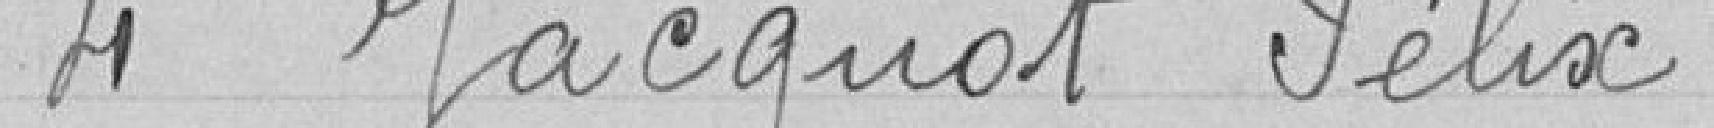
4 Jacquot Félix